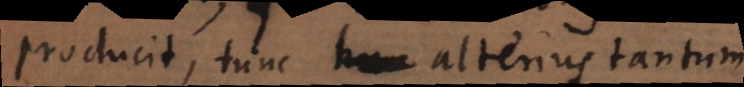
producit, tunc alterius tantum